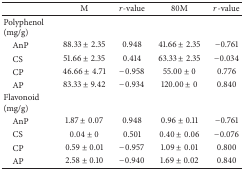
<table><thead><tr><td><b> </b></td><td><b>M</b></td><td><b><i>r</i>-value</b></td><td><b>80M</b></td><td><b><i>r</i>-value</b></td></tr></thead><tbody><tr><td>Polyphenol(mg/g)</td><td> </td><td> </td><td> </td><td> </td></tr><tr><td> AnP</td><td>88.33 ± 2.35</td><td>0.948</td><td>41.66 ± 2.35</td><td>−0.761</td></tr><tr><td> CS</td><td>51.66 ± 2.35</td><td>0.414</td><td>63.33 ± 2.35</td><td>−0.034</td></tr><tr><td> CP</td><td>46.66 ± 4.71</td><td>−0.958</td><td>55.00 ± 0</td><td>0.776</td></tr><tr><td> AP</td><td>83.33 ± 9.42</td><td>−0.934</td><td>120.00 ± 0</td><td>0.840</td></tr><tr><td>Flavonoid(mg/g)</td><td> </td><td> </td><td> </td><td> </td></tr><tr><td> AnP</td><td>1.87 ± 0.07</td><td>0.948</td><td>0.96 ± 0.11</td><td>−0.761</td></tr><tr><td> CS</td><td>0.04 ± 0</td><td>0.501</td><td>0.40 ± 0.06</td><td>−0.076</td></tr><tr><td> CP</td><td>0.59 ± 0.01</td><td>−0.957</td><td>1.09 ± 0.01</td><td>0.800</td></tr><tr><td> AP</td><td>2.58 ± 0.10</td><td>−0.940</td><td>1.69 ± 0.02</td><td>0.840</td></tr></tbody></table>